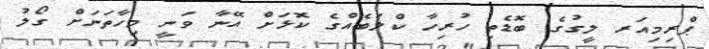
ޕްރިމިއަރ ލީގުގެ ބޮޑެތި ހުރިހާ ކްލަބެއްގެ ކޮޅަށް އޭނާ ވަނީ މިހާތަނަށް ގޯލު